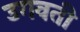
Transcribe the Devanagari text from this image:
उगवती